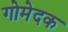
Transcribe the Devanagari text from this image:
गोमेदक